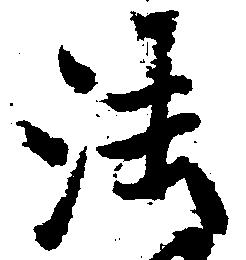
法